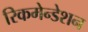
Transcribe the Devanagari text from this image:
रिकमेन्डेशन